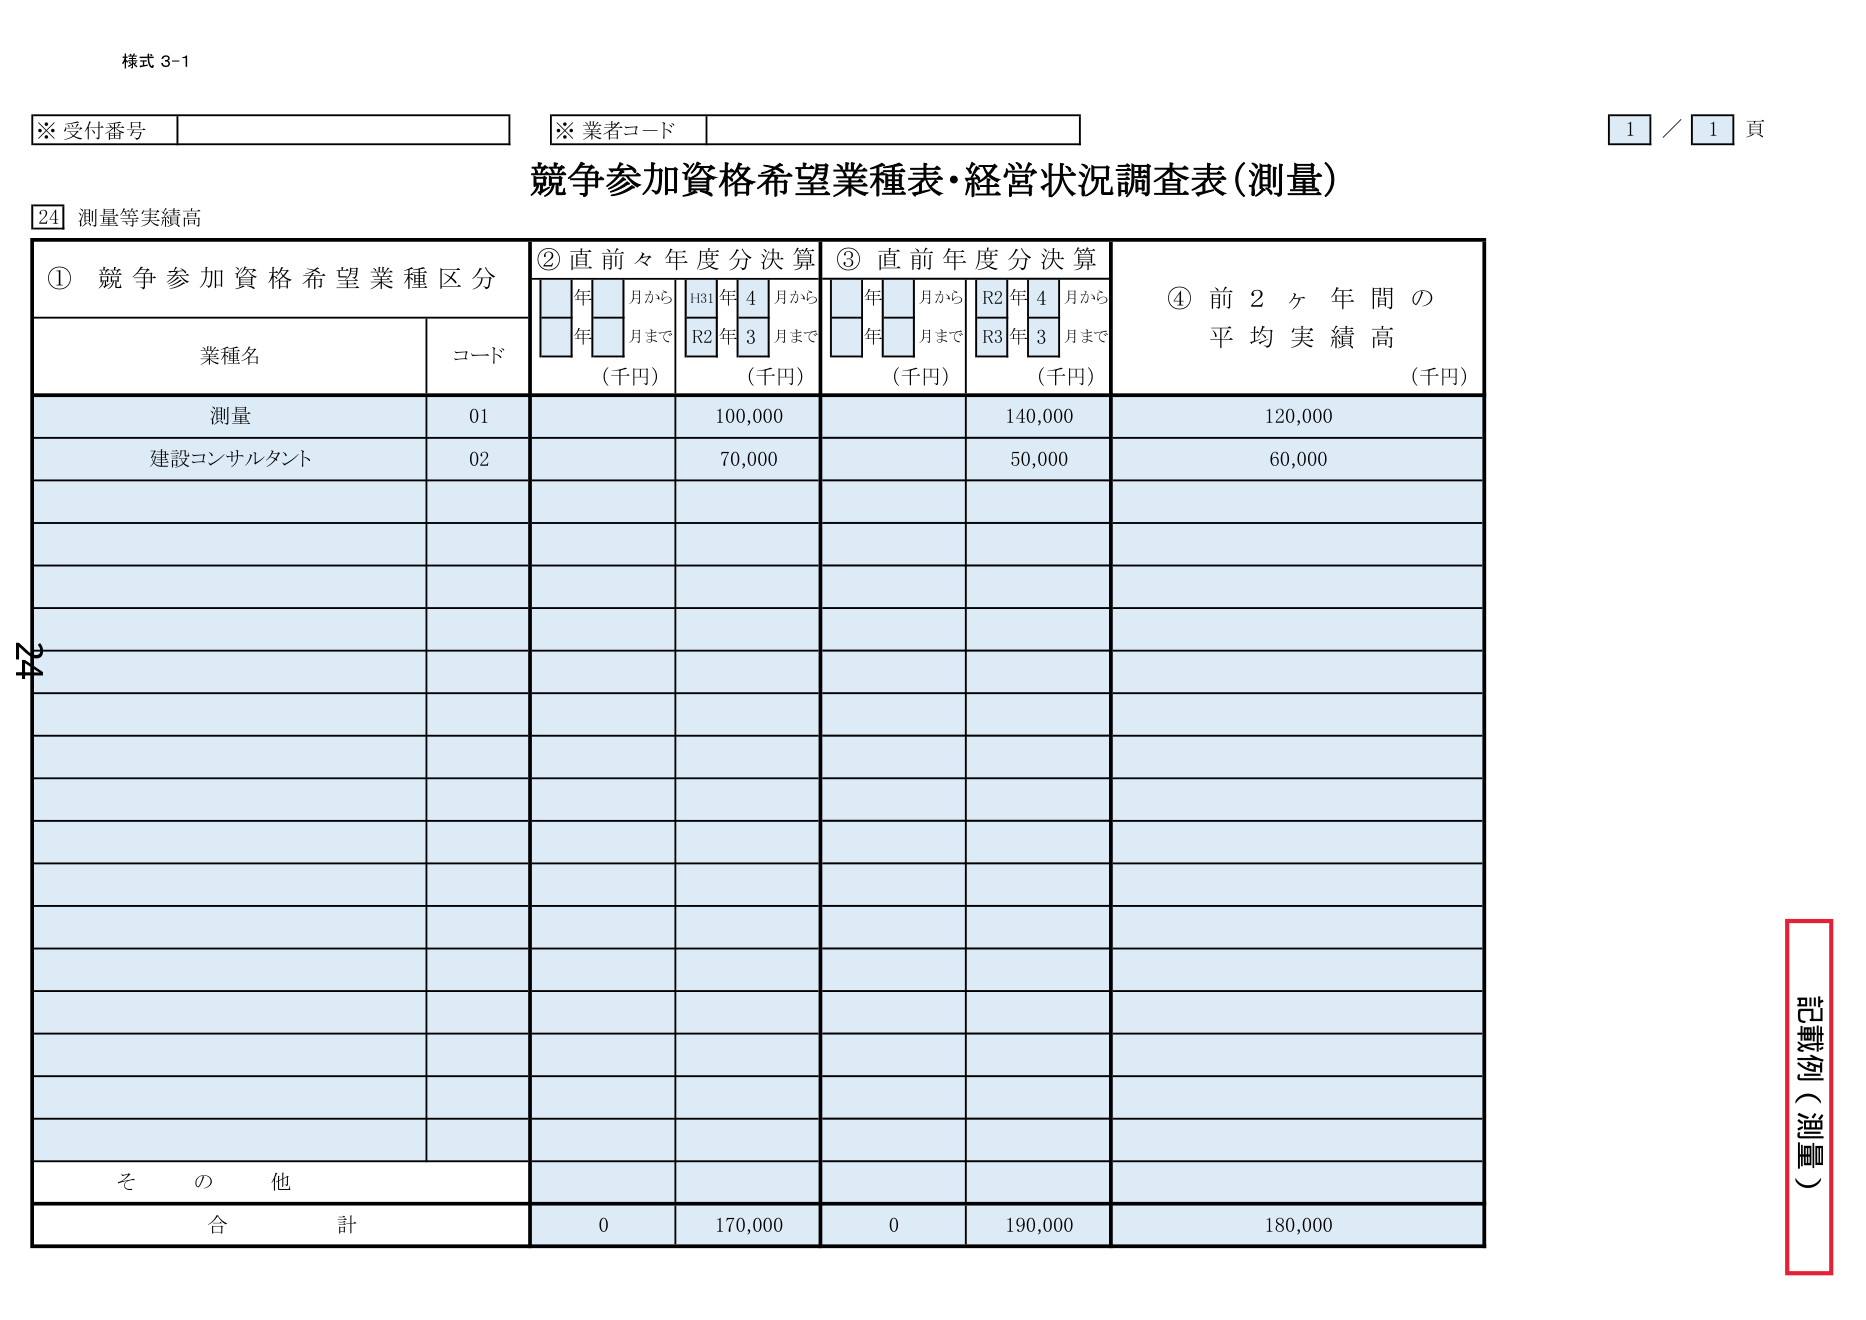
様式 3-1

※ 受付番号
※ 業者コード
1 / 1 頁

競争参加資格希望業種表・経営状況調査表（測量）

24 測量等実績高

① 競争参加資格希望業種区分
　　業種名　　　　　　　　　コード
　　　測量　　　　　　　　　　01
　　　建設コンサルタント　　　02
　　　その他
　　　合　　計

② 直前々年度分決算
　　年　　月から　H31年4月から
　　年　　月まで　R2年3月まで
　　（千円）　　（千円）

③ 直前年度分決算
　　年　　月から　R2年4月から
　　年　　月まで　R3年3月まで
　　（千円）　　（千円）

④ 前2ヶ年間の平均実績高
　　（千円）

記載例（測量）

0　　170,000　　0　　190,000　　180,000

測量　　　　　　　　　　100,000　　　　　140,000　　　　　120,000
建設コンサルタント　　　70,000　　　　　　50,000　　　　　　60,000